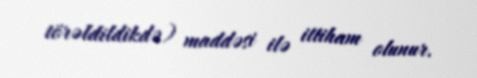
törəldildikdə) maddəsi ilə ittiham olunur.